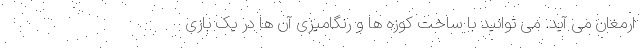
ارمغان می آید. می توانید با ساخت کوزه ها و رنگامیزی آن ها در یک بازی